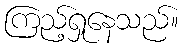
ကြည့်ရှုနေသည်။